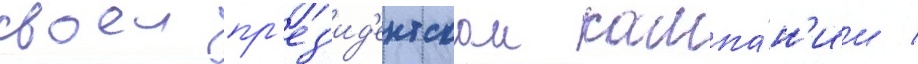
своеи пр'ез'ид'ентскои кампа́н'ии /